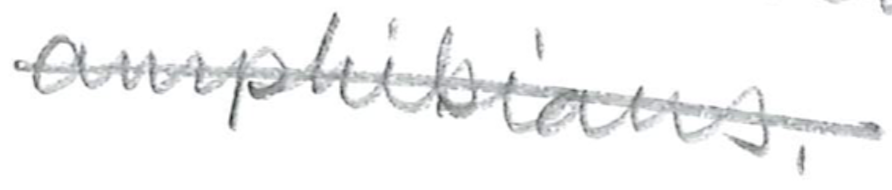
Text: amphibians.
Cross-out: single-line
Writing tool: pencil